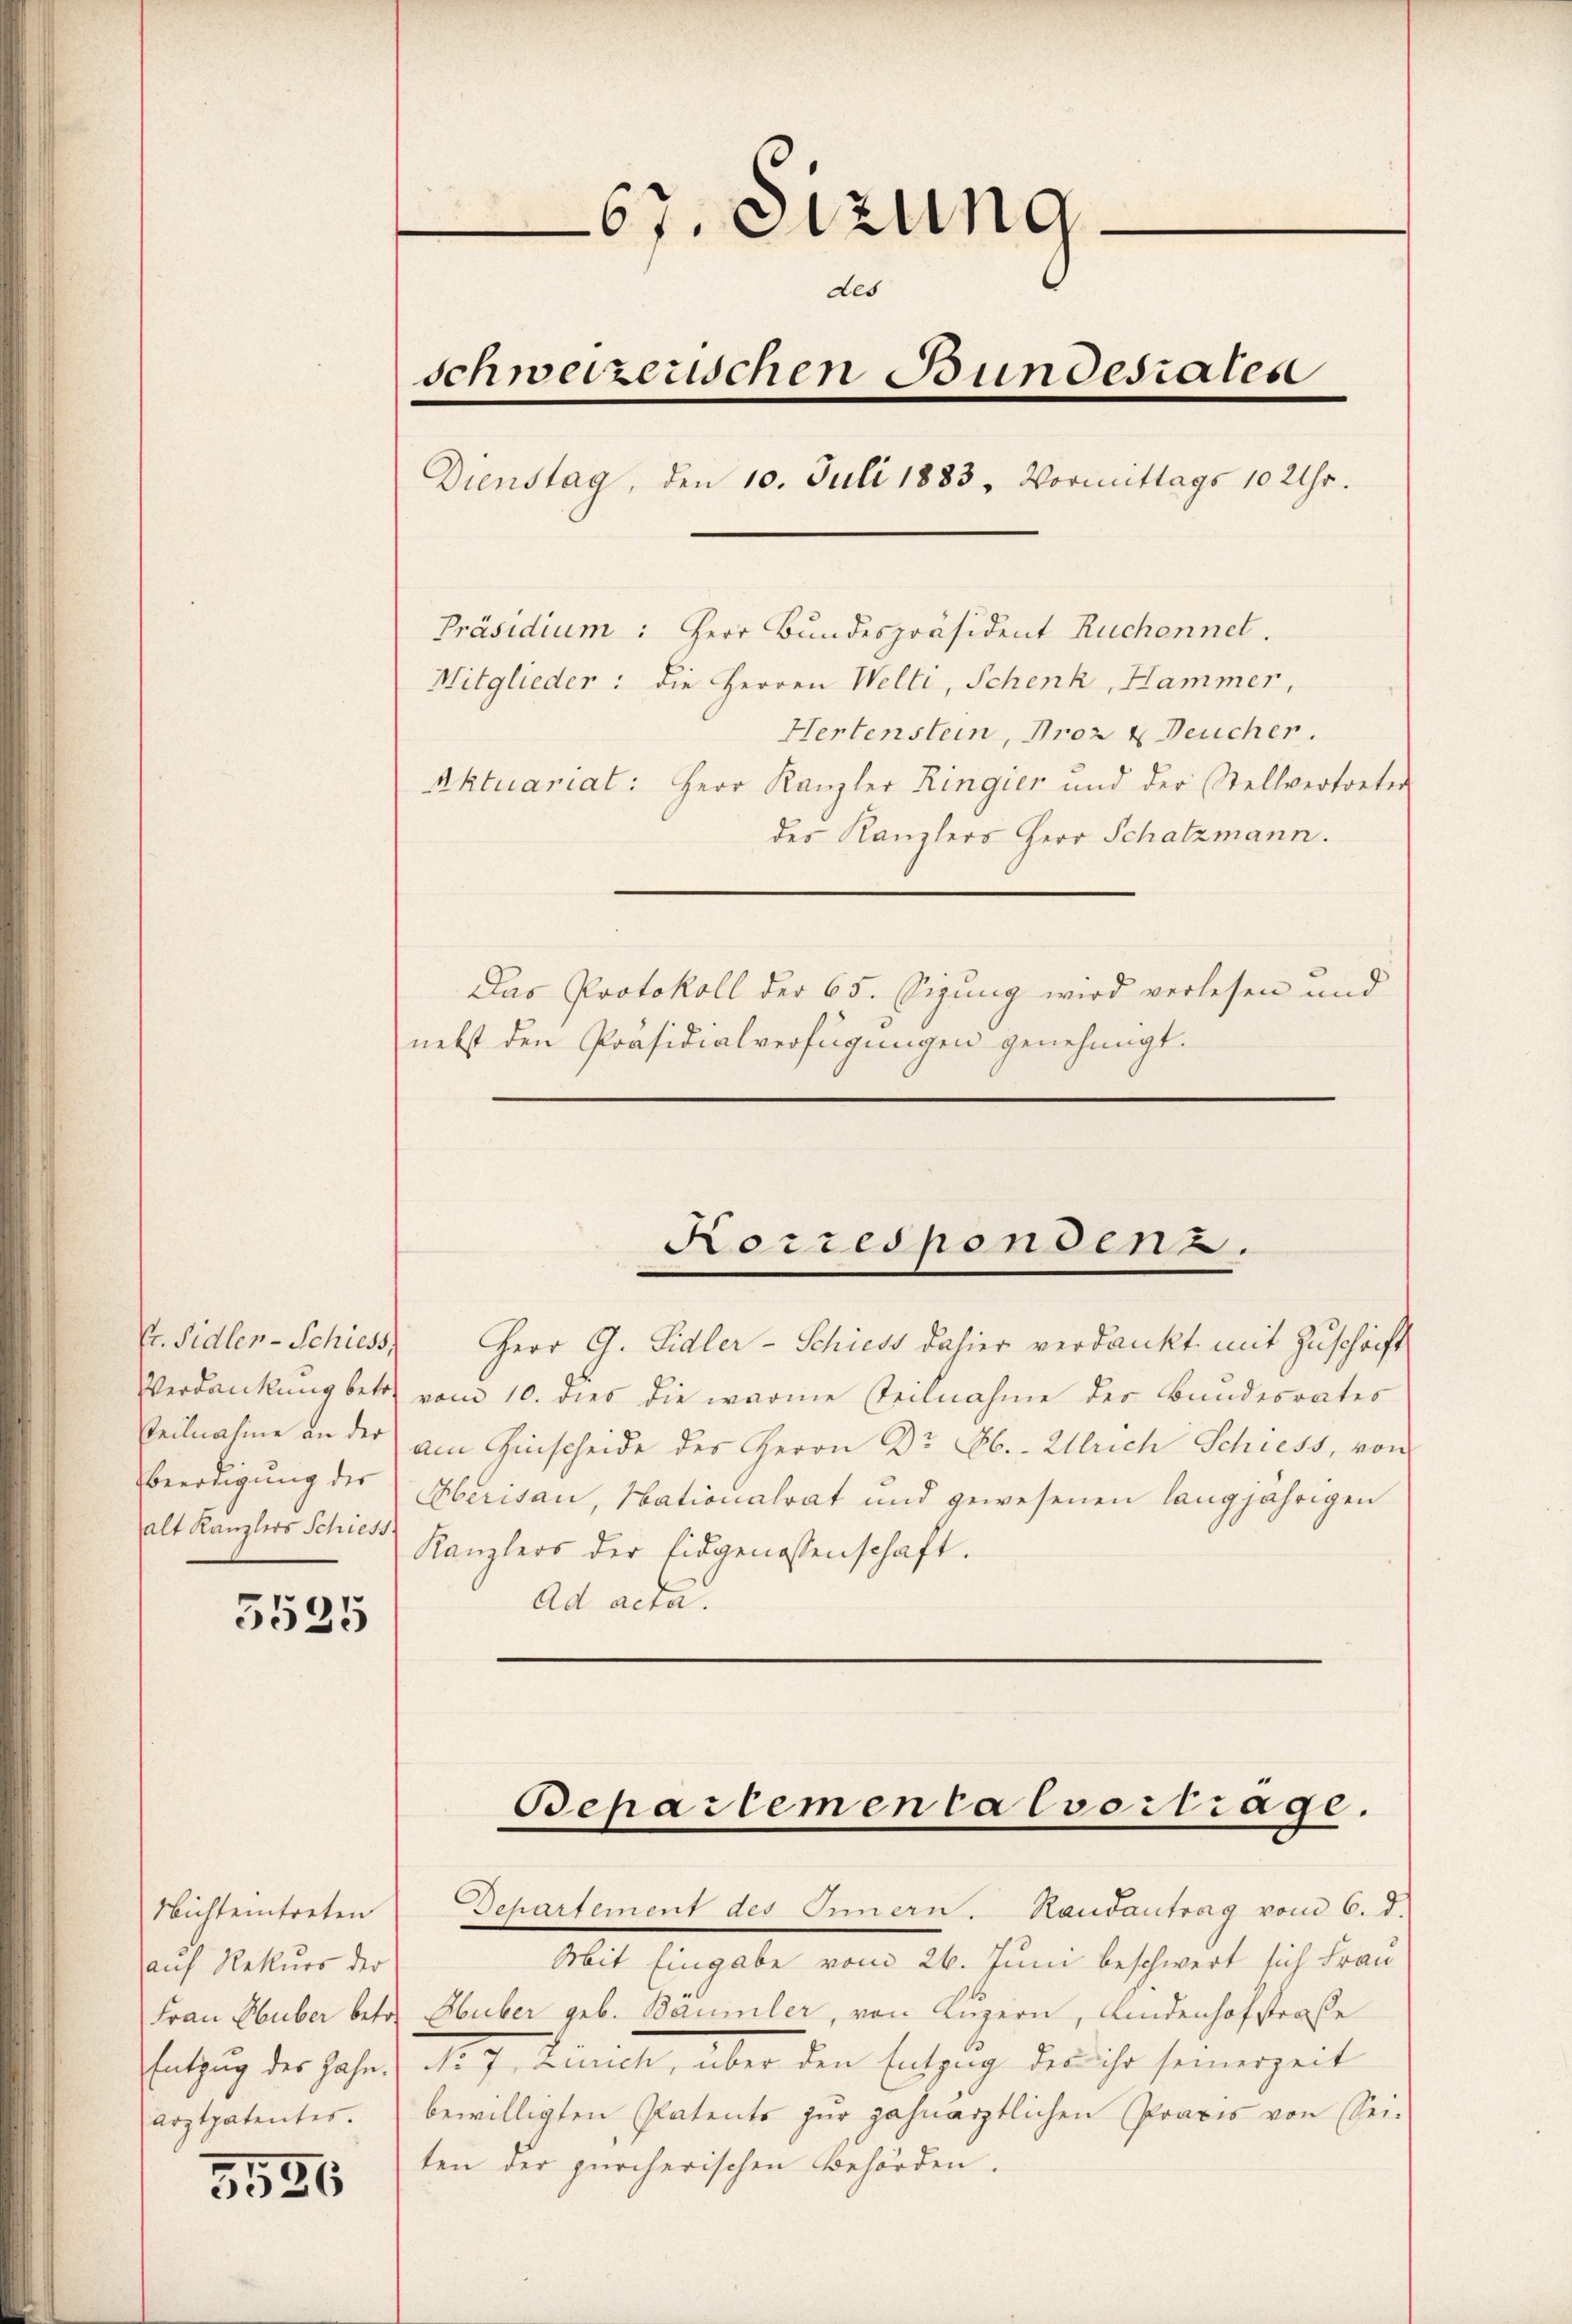
Pr. Sidler-Schiess,
Verdankung betre
Teilnahme an der
Beerdigung der
alt Kanzlers Schiess

5525

Nichteintreten
auf Rekurs der
Frau Huber betre
Entzug des Zahn.
arztpatentes.

3526

.
67. etzung
des
schweizerischen Bundesrates
Dienstag, den 10. Juli 1883, Vormittags 10 Uhr.
Präsidium: Herr Bundespräsident Ruchennet.
Mitglieder: die Herren Welti, Schenk, Hammer,
Hertenstein, Droz & Deucher
Aktuariat: Herr Kanzler Ringier und der Stellvertreter
des Kanzlers Herr Schatzmann.
Das Protokoll der 65. Sizung wird verlesen und
nebst den Präsidialverfügungen genehmigt.

Herr G. Sidler-Schieds dahier verdankt mit Zuschrift
vom 10. dies die warme steilnahme der Bundesrates
am Hinscheide des Herrn Dr. Ob. Ulrich Schiess, von
Herisau, Hationalrat und gewesenen langjährigen
Kanzlers der Eidgenossenschaft.
Ad acta.

Korrespondenz.

Bepartemen calvertrage.
Departement des Innern. Handantrag vom 6. d.

Mit Eingabe vom 26. Juni beschwert sich Frau
Huber geb. Baumler, von Luzern, Kindenhofstraße
di J. gerich, über den Entzug des ihr seinerzeit
bewilligten Patents zur Zahnarztlichen Praxis von Sei-
ten der zürcherischen Behörden.